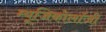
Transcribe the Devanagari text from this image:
म्‍यूजिकोलॉजी